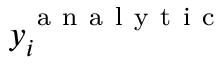
y _ { i } ^ { \mathrm { ~ a ~ n ~ a ~ l ~ y ~ t ~ i ~ c ~ } }